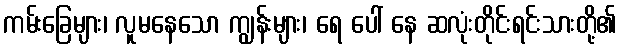
ကမ်းခြေများ၊ လူမနေသော ကျွန်းများ၊ ရေ ပေါ် နေ ဆလုံးတိုင်းရင်းသားတို့၏